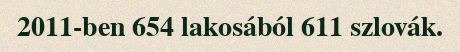
2011-ben 654 lakosából 611 szlovák.